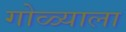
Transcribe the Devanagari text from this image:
गोळ्याला